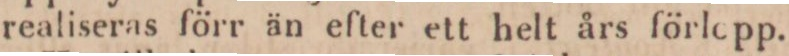
realiseras förr än efter ett helt års förlopp.